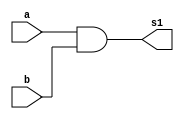
/*
 * Exemplo_0701 - GATES
 * Nome Gabriel Vargas Bento de Souza
*/

// -------------------------
// f7_gates
// -------------------------
module f7_1 (output s1,
             input  a , 
             input  b);
   
   // descrever por portas
   and AND1 (s1, a, b);

endmodule // f7_1

module f7_2 (output s2,
            input  a , 
            input  b);
   
   // descrever por portas
   nand NAND1 (s2, a, b);

endmodule // f7_2

// -------------------------
// multiplexer
// -------------------------
module mux (output s,
            input  a,
            input  b,
            input  select);

   // definir dados locais
   wire not_select;
   wire sa, sb;

   // descrever por portas
   not NOT1 (not_select, select);
   
   and AND1 (sa, a, not_select);
   and AND2 (sb, b, select);

   or  OR1  (s, sa, sb);
endmodule // mux

// -------------------------
// main
// -------------------------
module test_f7;
   
   // definir dados
   reg  c, x, y;
   wire s1, s2, s;

   f7_1 gate1 (s1, x, y);
   f7_2 gate2 (s2, x, y);
   mux MUX1   (s, s1, s2, c);
   
   // parte principal
   initial
   begin : main
      $display("\n Exemplo_0701 - Gabriel Vargas Bento de Souza - 778023\n");
      // $display(" LU's module\n");
      $display(" x  y  s1  s2  c  s");
      $display(" ------**---------- 0 - AND");
      $monitor("%2b %2b %2b %3b %3b %2b", x, y, s1, s2, c, s);

      // projetar testes do modulo
         x = 1'b0; y = 1'b0; c = 1'b0;
      #1           y = 1'b1;
      #1 x = 1'b1; y = 1'b0;
      #1           y = 1'b1;
      #1 x = 1'b0; y = 1'b0; c = 1'b1;

      $display("\n x  y  s1  s2  c  s");
      $display  (" ----------**------ 1 - NAND");

      #1           y = 1'b1;
      #1 x = 1'b1; y = 1'b0;
      #1           y = 1'b1;
   end
endmodule // test_f7

// -------------------------
// test
// -------------------------
/*
---------- previsao ----------

c == 0: porta  AND (0001)
c == 1: porta NAND (1110)

---------- execucao ----------

C:\Users\Gabriel\Desktop\CC-PUC\2Periodo\ARQ1\Tarefas\Guia07>vvp Exemplo_0701.vvp

 Exemplo_0701 - Gabriel Vargas Bento de Souza - 778023

 x  y  s1  s2  c  s
 ------**---------- 0 - AND
 0  0  0   1   0  0
 0  1  0   1   0  0
 1  0  0   1   0  0
 1  1  1   0   0  1

 x  y  s1  s2  c  s
 ----------**------ 1 - NAND
 0  0  0   1   1  1
 0  1  0   1   1  1
 1  0  0   1   1  1
 1  1  1   0   1  0
*/